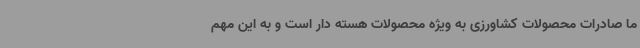
ما صادرات محصولات کشاورزی به ویژه محصولات هسته دار است و به این مهم